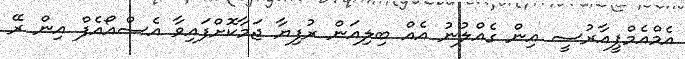
އެމްއެމްޕީއާރުސީ އިން ގެއްލުނު އެއް ބިލިއަން ރުފިޔާ ޖަމާކޮށްފައިވާ އެސްއޯއެފް އިން ރޭ